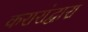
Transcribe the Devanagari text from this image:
करारांद्वारा